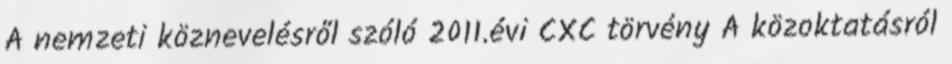
A nemzeti köznevelésről szóló 2011.évi CXC törvény A közoktatásról